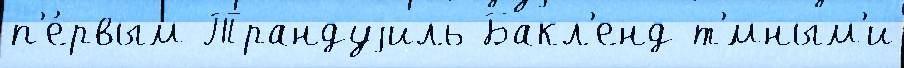
п'е́рвым Трандуjиль Бакл'енд т'́мным'и